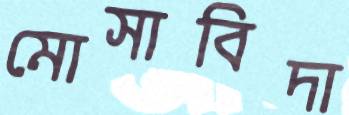
মোসাবিদা